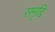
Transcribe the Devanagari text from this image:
समृद्दि